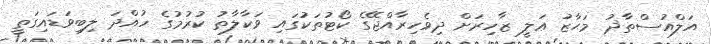
އަލްއުސްތާޛު މަޙާޒު ޢަލީ ޒާހިރަށް ދިވެހިރާއްޖޭގެ ކޯޓުތަކުގައި ވަކާލާތު ކުރުމުގެ ހުއްދަ ލިބިވަޑައިގަތީ